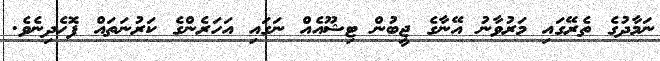
ނަމާދުގެ ތެރޭގައި މަރުވާނު އޭނާގެ ޖީބުން ޓިޝޫއެއް ނަގައި އަހަރެންގެ ކަރުނަތައް ފޮހެދިނެވެ.